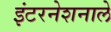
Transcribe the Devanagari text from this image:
इंटरनेशनाले